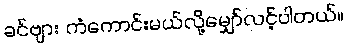
ခင်ဗျား ကံကောင်းမယ်လို့မျှော်လင့်ပါတယ်။